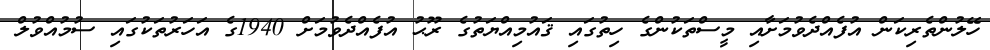
ހޭލުންތެރިކަން އުފެއްދެވުމަށާއި މީސްތަކުންގެ ހިތުގައި ޤައުމިއްޔަތުގެ ރޫޙު އުފެއްދެވުމަށް 1940ގެ އަހަރުތަކުގައި ސުމުއްވުލް